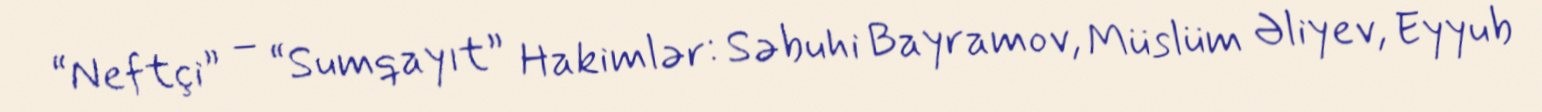
“Neftçi” – “Sumqayıt” Hakimlər: Səbuhi Bayramov, Müslüm Əliyev, Eyyub